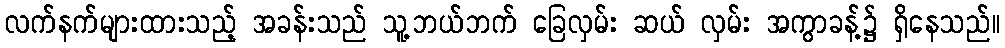
လက်နက်များထားသည့် အခန်းသည် သူ့ဘယ်ဘက် ခြေလှမ်း ဆယ် လှမ်း အကွာခန့်၌ ရှိနေသည်။